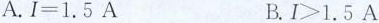
A.$$I = 1 . 5 A$$ B.$$l > 1 . 5 A$$